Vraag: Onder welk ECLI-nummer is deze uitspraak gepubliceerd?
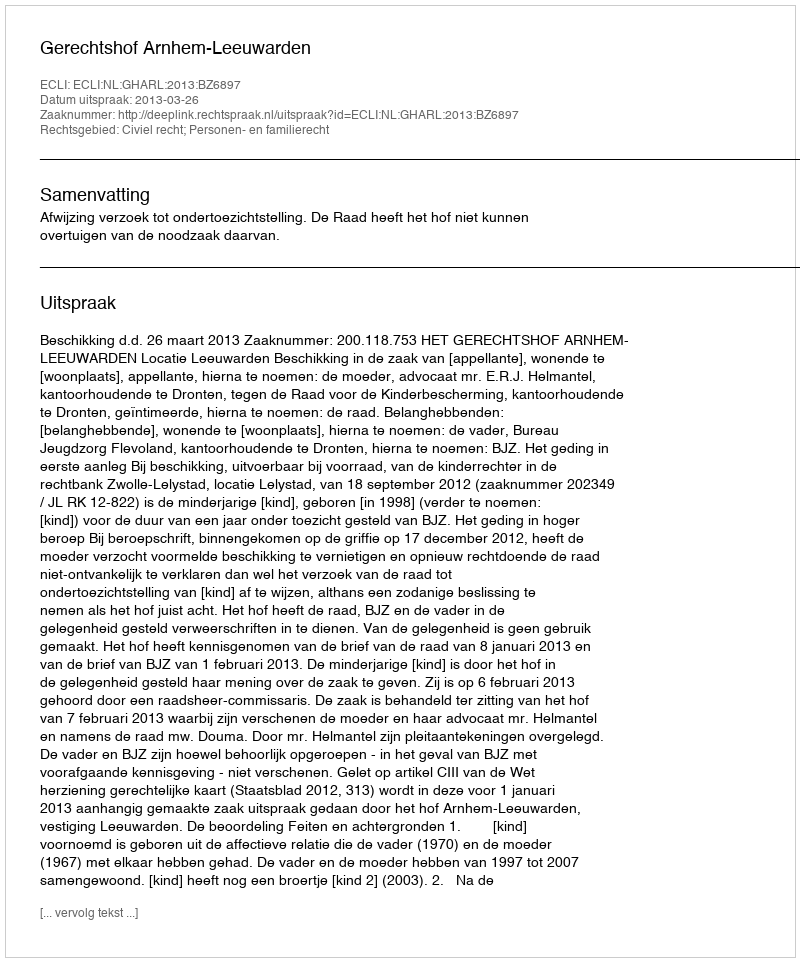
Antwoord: ECLI:NL:GHARL:2013:BZ6897